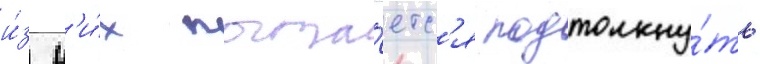
и́з н'и́х пыта́етс'я подтолкну́ть